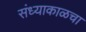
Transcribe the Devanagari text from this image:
संध्याकाळचा